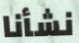
نشأنا